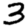
Digit: 3